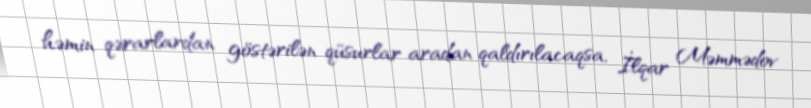
həmin qərarlardan göstərilən qüsurlar aradan qaldırılacaqsa, İlqar Məmmədov